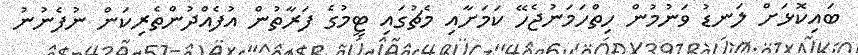
ބައިކޮޅަށް ލަނޑު ވަނުމުން ހިތްހަމަނުޖެހޭ ކަމަށާއި މެޗުގައި ޓީމުގެ ފަރާތުން އުފެއްދުންތެރިކަން ނުފެނުނު